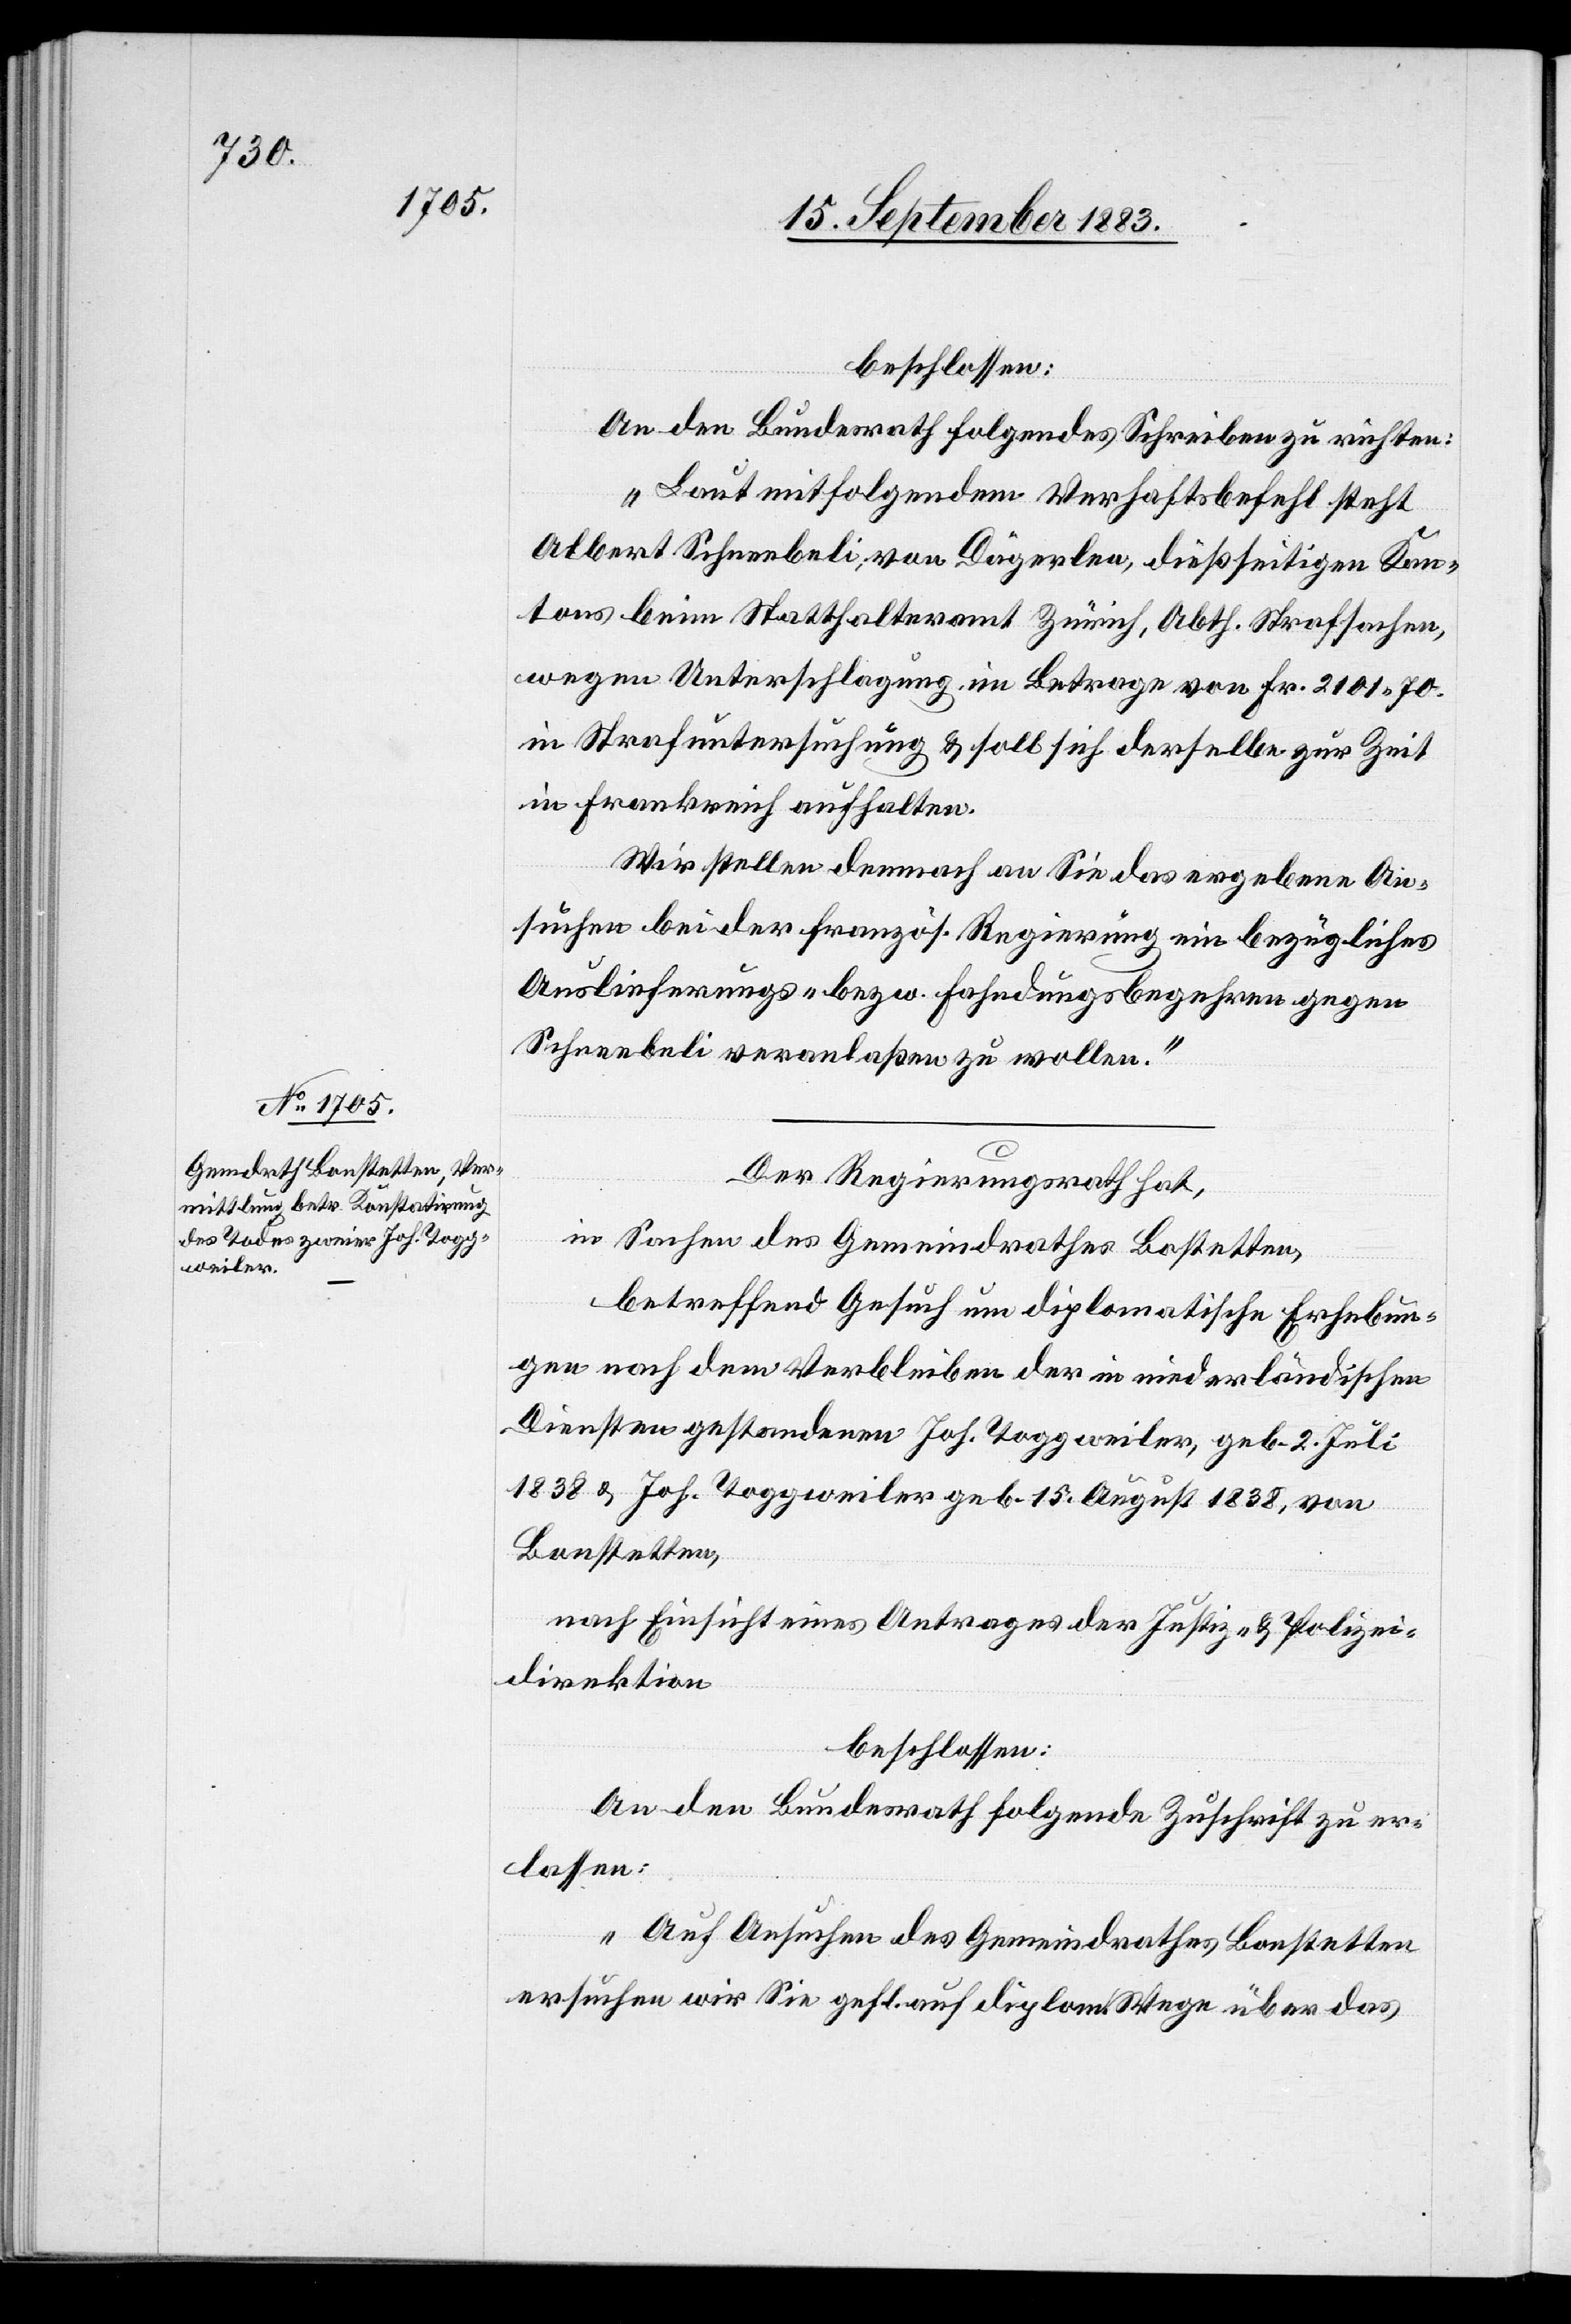
beschlossen:
An den Bundesrath folgendes Schreiben zu richten:
„Laut mitfolgendem Verhaftsbefehl steht
Albert Schneebeli, von Dägerlen, dießseitigen Kan¬
tons beim Statthalteramt Zürich, Abth. Strafsachen,
wegen Unterschlagung im Betrage von Fr. 2101 70
in Strafuntersuchung & soll sich derselbe zur Zeit
in Frankreich aufhalten.
Wir stehen demnach an Sie das ergebene An¬
suchen bei der französ. Regierung ein bezügliches
Auslieferungs- bezw. Fahndungsbegehren gegen
Schneebeli veranlaßen zu wollen.“
Der Regierungsrath hat,
in Sachen des Gemeindrathes Bonstetten,
betreffend Gesuch um diplomatische Erhebun¬
gen nach dem Verbleiben der in niederländischen
Diensten gestandenen Joh. Toggenweiler, geb. 2. Juli
1838 & Joh. Toggenweiler geb. 15. August 1838, von
Bonstetten,
nach Einsicht eines Antrages der Justiz- & Polizei¬
direktion,
beschlossen:
An den Bundesrath folgende Zuschrift zu er¬
lassen:
Auf Ansuchen des Gemeindrathes Bonstetten
ersuchen wir Sie gefl. auf diplom. Wege über das